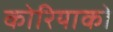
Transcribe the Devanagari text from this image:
कोरियाको